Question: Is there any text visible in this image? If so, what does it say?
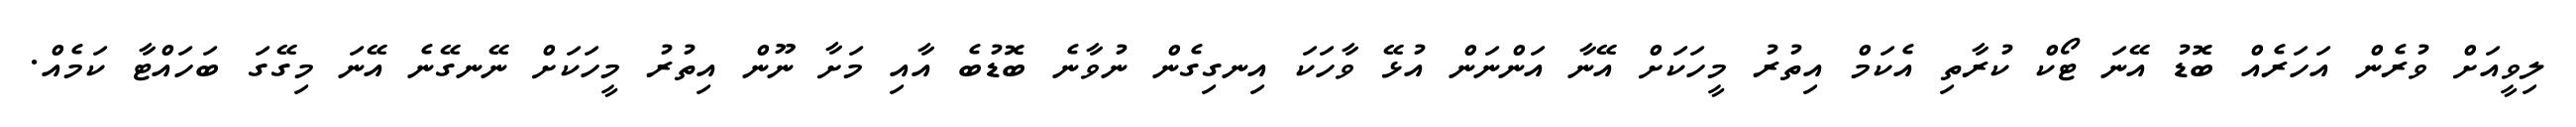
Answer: ލިވީއަށް ވުރެން އަހަރެއް ބޮޑު އޭނަ ޓޯކް ކުރާތި އެކަމް އިތުރު މީހަކަށް އޭނާ އަންނަން އުޅޭ ވާހަކަ އިނގިގެން ނުވާނެ ބޮޑުބެ އާއި މަށާ ނޫން އިތުރު މީހަކަށް ނޭނގޭނެ އޭނަ މިގޭގަ ބަހައްޓާ ކަމެއް.